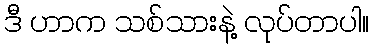
ဒီ ဟာက သစ်သားနဲ့ လုပ်တာပါ။